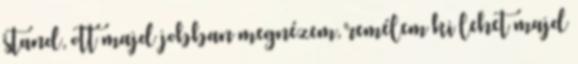
stand, ott majd jobban megnézem, remélem ki lehet majd